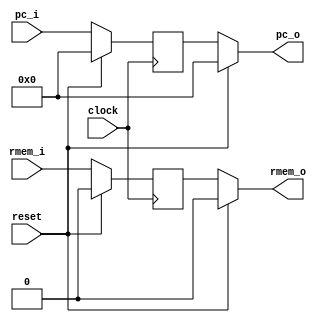
module pc_reg
    ( input wire clock
    , input wire reset
    , input wire[4:0] pc_i
    , input wire rmem_i
    
    , output wire[4:0] pc_o
    , output wire rmem_o
    );

reg[4:0] pc_q = 0;
reg rmem_q = 0;

assign pc_o = reset == 1 ? 0 : pc_q;
assign rmem_o = reset == 1 ? 0 : rmem_q;

always @(posedge clock) begin
    if (reset == 1) begin
        pc_q <= 0;
        rmem_q <= 0;
    end else begin
        pc_q <= pc_i;
        rmem_q <= rmem_i;
    end
end

endmodule